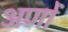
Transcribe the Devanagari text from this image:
अणों